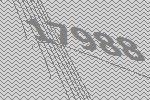
17988